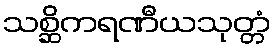
သစ္ဆိကရဏီယသုတ္တံ